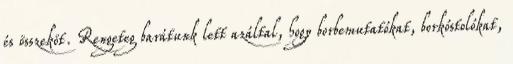
és összeköt. Rengeteg barátunk lett azáltal, hogy borbemutatókat, borkóstolókat,